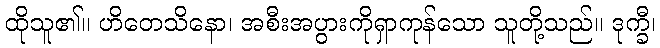
ထိုသူ၏။ ဟိတေသိနော၊ အစီးအပွားကိုရှာကုန်သော သူတို့သည်။ ဒုက္ခီ၊